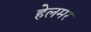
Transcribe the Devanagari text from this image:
हेलमर